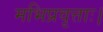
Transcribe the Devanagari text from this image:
मभिप्रवृत्ताः।